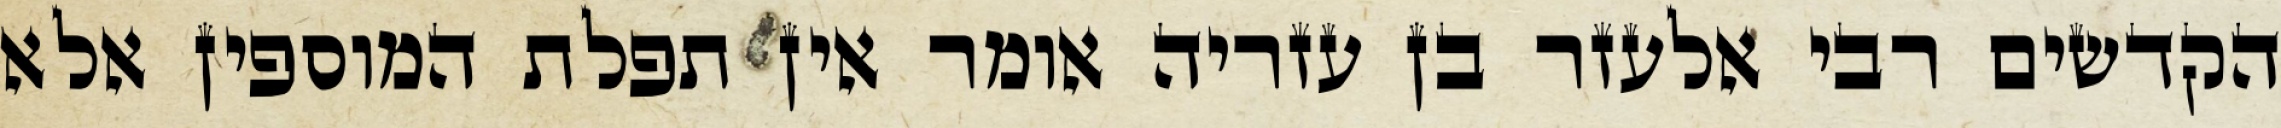
הקדשים רבי אלעזר בן עזריה אומר אין תפלת המוספין אלא